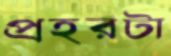
প্রহরটা